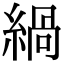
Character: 緺